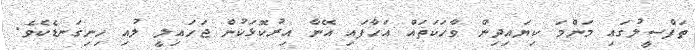
ތަފްސީލުގައި މަންމަ ކިޔައިދިން ވާހަކަތައް އަހާފައި އޭނާ އިރުކޮޅަކުން ޖަހައިލީ ލުއި ހިނިގަނޑެކެވެ.